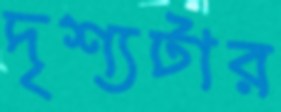
দৃশ্যটার